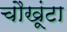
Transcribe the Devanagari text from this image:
चौखूंटा